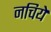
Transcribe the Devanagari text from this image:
नचिये